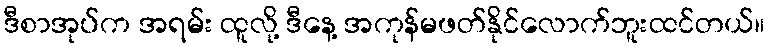
ဒီစာအုပ်က အရမ်း ထူလို့ ဒီနေ့ အကုန်မဖတ်နိုင်လောက်ဘူးထင်တယ်။